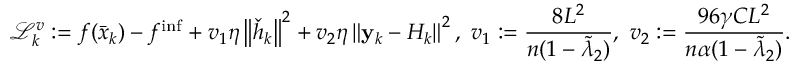
\mathcal { L } _ { k } ^ { v } : = f ( \bar { x } _ { k } ) - f ^ { \mathrm { i n f } } + v _ { 1 } \eta \left\Vert \check { h } _ { k } \right\Vert ^ { 2 } + v _ { 2 } \eta \left\Vert \mathbf { y } _ { k } - H _ { k } \right\Vert ^ { 2 } , \ v _ { 1 } : = \frac { 8 L ^ { 2 } } { n ( 1 - \tilde { \lambda } _ { 2 } ) } , \ v _ { 2 } : = \frac { 9 6 \gamma C L ^ { 2 } } { n \alpha ( 1 - \tilde { \lambda } _ { 2 } ) } .